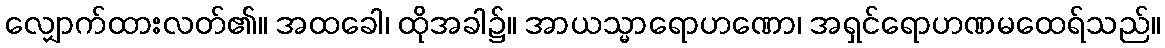
လျှောက်ထားလတ်၏။ အထခေါ၊ ထိုအခါ၌။ အာယသ္မာရောဟဏော၊ အရှင်ရောဟဏမထေရ်သည်။